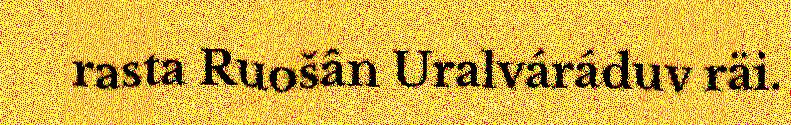
rasta Ruošân Uralváráduv räi.